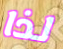
لذا